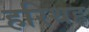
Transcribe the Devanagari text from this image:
हरिथह